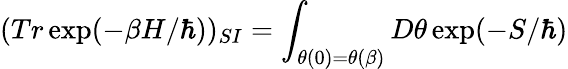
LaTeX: (Tr\exp(-\beta H/\hbar))_{SI}=\int_{\theta(0)=\theta(\beta)}D\theta\exp(-S/\hbar)